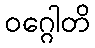
ဝဂ္ဂေါတိ